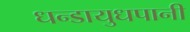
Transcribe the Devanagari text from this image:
धन्डायुधपानी